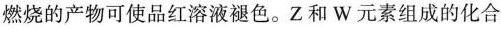
燃烧的产物可使品红溶液褪色。Z和W元素组成的化合